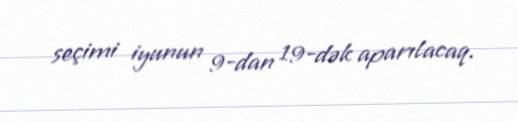
seçimi iyunun 9-dan 19-dək aparılacaq.